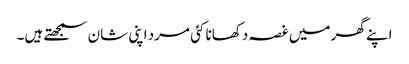
اپنے گھر میں غصہ دکھانا کئی مرد اپنی شان سمجھتے ہیں۔